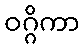
ဝဂ္ဂိကာ